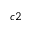
^ { c 2 }